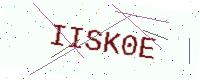
Text: IISK0E